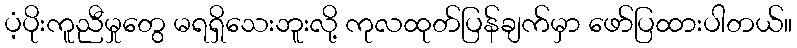
ပံ့ပိုးကူညီမှုတွေ မရရှိသေးဘူးလို့ ကုလထုတ်ပြန်ချက်မှာ ဖော်ပြထားပါတယ်။